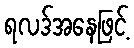
ရလဒ်အနေဖြင့်